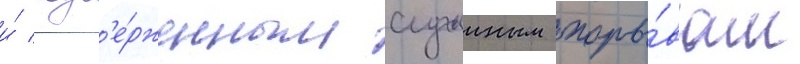
и́ подв'е́рженным случаиным поры́вам